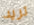
تريد